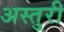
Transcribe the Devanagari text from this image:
अस्तुरी